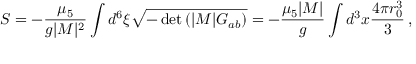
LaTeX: S = - \frac { \mu _ { 5 } } { g | M | ^ { 2 } } \int d ^ { 6 } \xi \sqrt { - \operatorname * { d e t } \left( | M | G _ { a b } \right) } = - \frac { \mu _ { 5 } | M | } { g } \int d ^ { 3 } x \frac { 4 \pi r _ { 0 } ^ { 3 } } { 3 } \, ,